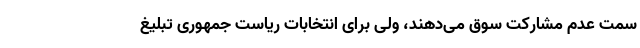
سمت عدم مشارکت سوق می‌دهند، ولی برای انتخابات ریاست جمهوری تبلیغ